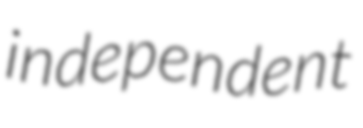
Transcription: independent